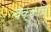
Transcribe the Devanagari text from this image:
चक्करेचे